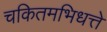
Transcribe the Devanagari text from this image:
चकितमभिधत्ते